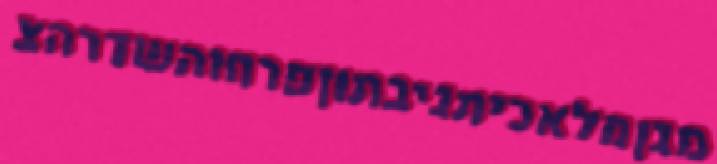
מגןמלאכיתגיבתוןפרחוהשדרהצ